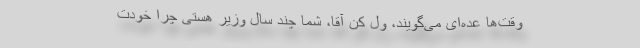
وقت‌ها عده‌ای می‌گویند، ول کن آقا، شما چند سال وزیر هستی چرا خودت